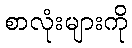
စာလုံးများကို